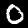
Digit: 0